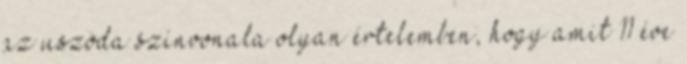
az uszoda színvonala olyan értelemben, hogy amit 11 éve